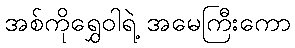
အစ်ကိုရွှေဝါရဲ့ အမေကြီးကော